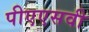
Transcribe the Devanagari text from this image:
पीएएसवी